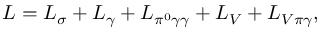
{ \cal L } = { \cal L } _ { \sigma } + { \cal L } _ { \gamma } + { \cal L } _ { \pi ^ { 0 } \gamma \gamma } + { \cal L } _ { V } + { \cal L } _ { V \pi \gamma } ,